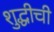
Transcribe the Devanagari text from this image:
शुद्धीची